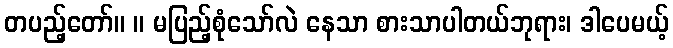
တပည့်တော်။ ။ မပြည့်စုံသော်လဲ နေသာ စားသာပါတယ်ဘုရား၊ ဒါပေမယ့်